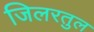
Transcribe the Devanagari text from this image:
जिलरतुल